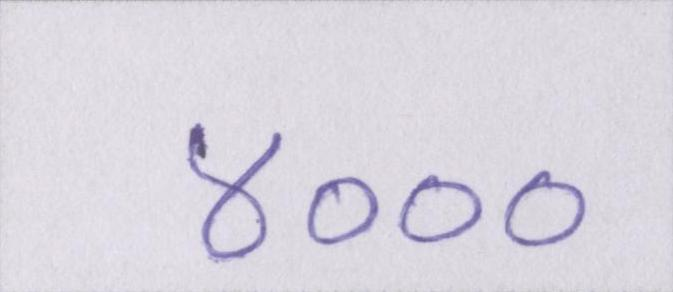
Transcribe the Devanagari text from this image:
४०००